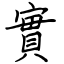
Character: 實